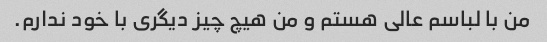
من با لباسم عالی هستم و من هیچ چیز دیگری با خود ندارم.